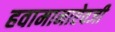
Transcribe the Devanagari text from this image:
हवामानाऐवजी